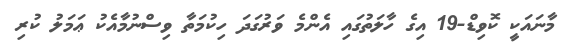
މާނައަކީ ކޮވިޑް-19 އިގެ ހާލަތުގައި އެންމެ ވަރުގަދަ ހިކުމަތާ ވިސްނުމާއެކު ޢަމަލު ކުރި